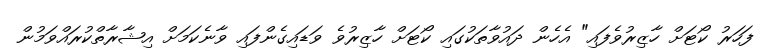
ފަހަރު ކޯޓަށް ހާޒިރުވެފައި" އެހެން ދައުވާތަކުގައި ކޯޓަށް ހާޒިރުވެ ވަޑައިގެންފައި ވާނެކަމަށް އިޝާރާތްކުރައްވަމުން